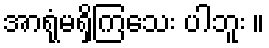
အာရုံမရှိကြသေး ပါဘူး ။